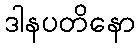
ဒါနပတိနော